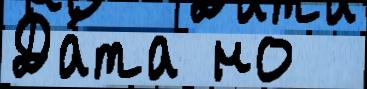
Да́та но